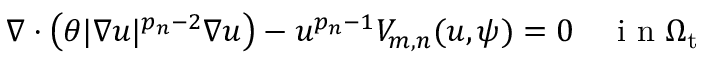
\nabla \cdot \left( \theta | \nabla u | ^ { p _ { n } - 2 } \nabla u \right) - u ^ { p _ { n } - 1 } V _ { m , n } ( u , \psi ) = 0 \quad \mathrm { ~ i ~ n ~ } \Omega _ { \mathrm { t } }